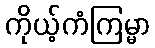
ကိုယ့်ကံကြမ္မာ